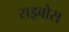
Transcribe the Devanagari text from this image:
राइबोस